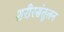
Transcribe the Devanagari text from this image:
शरीरसंतुलन